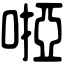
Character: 𠻺